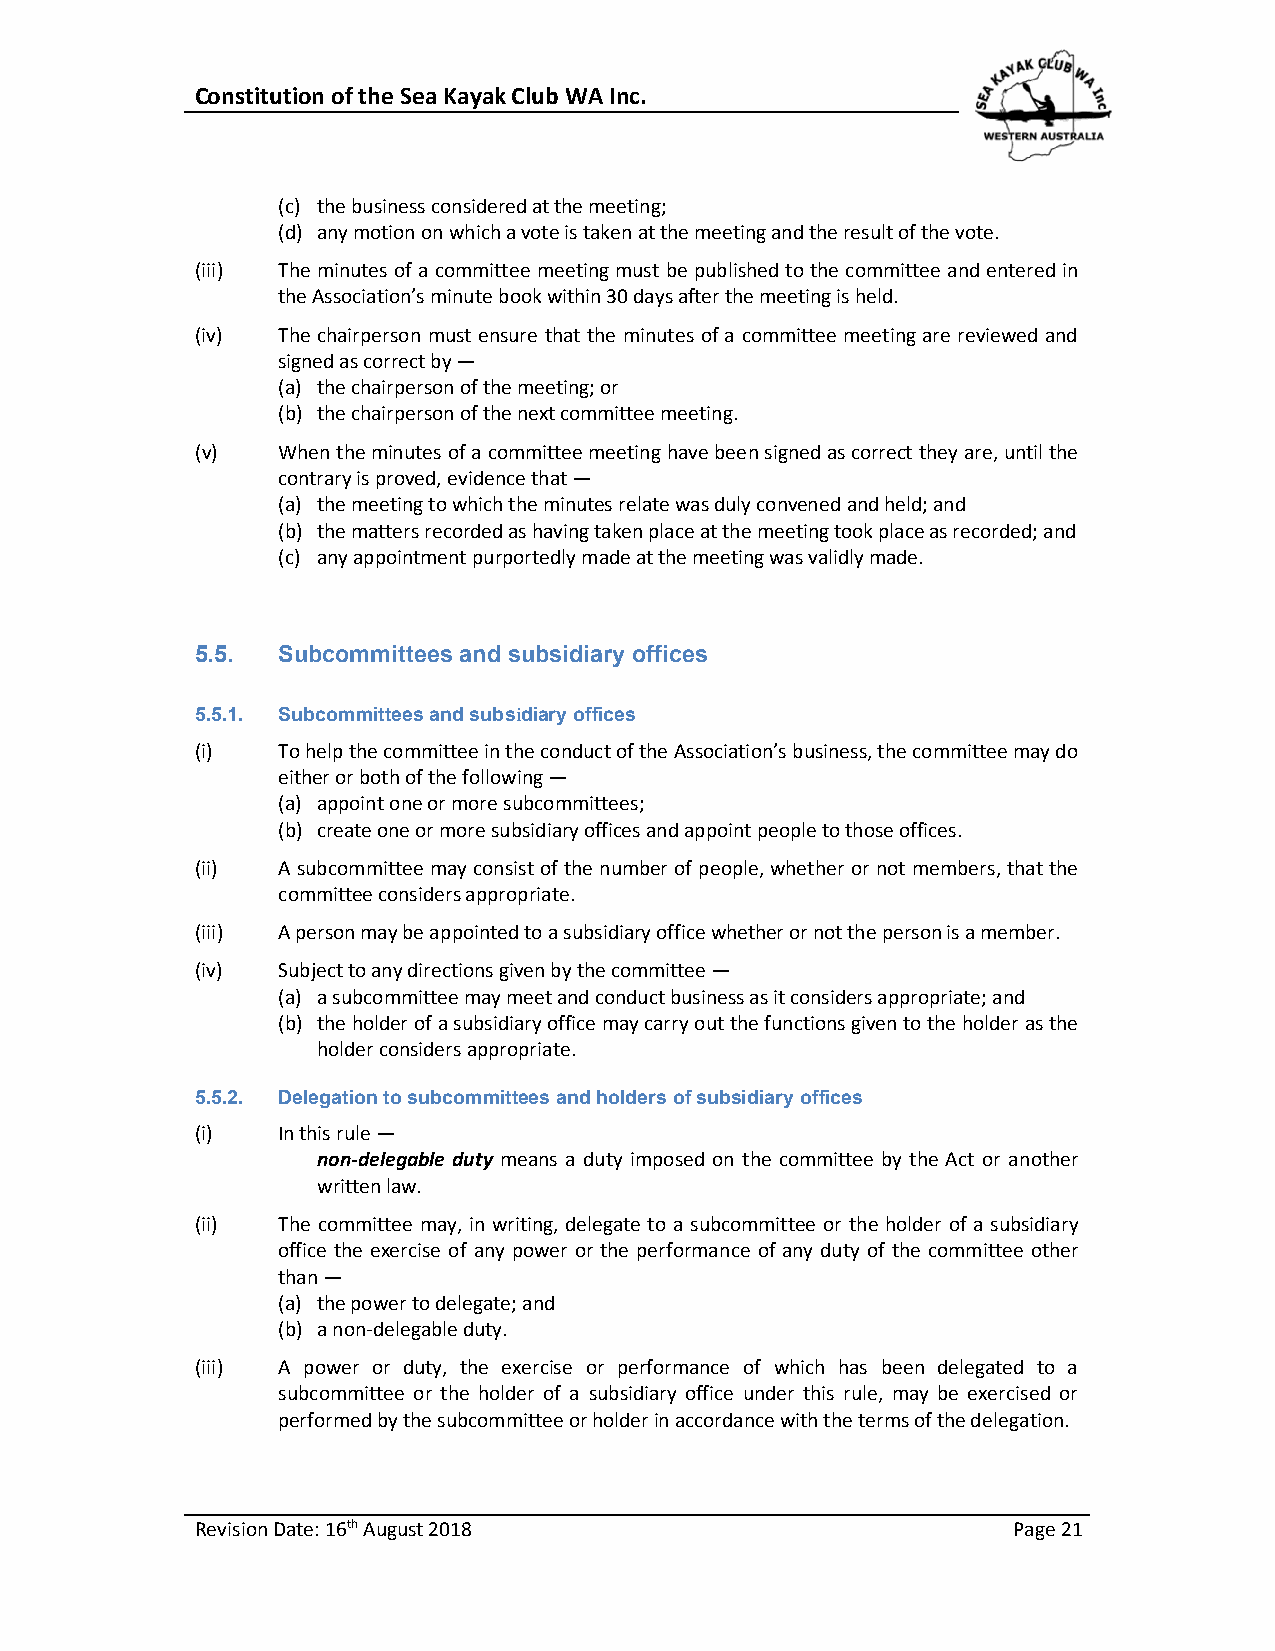
Constitution of the Sea Kayak Club WA Inc.
 (c) the business considered at the meeting;
 (d) any motion on which a vote is taken at the meeting and the result of the vote.
 (iii) The minutes of a committee meeting must be published to the committee and entered in
 the Association’s minute book within 30 days after the meeting is held.
 (iv) The chairperson must ensure that the minutes of a committee meeting are reviewed and
 signed as correct by —
 (a) the chairperson of the meeting; or
 (b) the chairperson of the next committee meeting.
 (v)  When the minutes of a committee meeting have been signed as correct they are, until the
 contrary is proved, evidence that —
 (a) the meeting to which the minutes relate was duly convened and held; and
 (b) the matters recorded as having taken place at the meeting took place as recorded; and
 (c) any appointment purportedly made at the meeting was validly made.
 5.5. Subcommittees and subsidiary offices
 5.5.1. Subcommittees and subsidiary offices
 (i)  To help the committee in the conduct of the Association’s business, the committee may do
 either or both of the following —
 (a) appoint one or more subcommittees;
 (b) create one or more subsidiary offices and appoint people to those offices.
 (ii) A subcommittee may consist of the number of people, whether or not members, that the
 committee considers appropriate.
 (iii) A person may be appointed to a subsidiary office whether or not the person is a member.
 (iv) Subject to any directions given by the committee —
 (a) a subcommittee may meet and conduct business as it considers appropriate; and
 (b) the holder of a subsidiary office may carry out the functions given to the holder as the
 holder considers appropriate.
 5.5.2. Delegation to subcommittees and holders of subsidiary offices
 (i)  In this rule —
 non-delegable duty means a duty imposed on the committee by the Act or another
 written law.
 (ii) The committee may, in writing, delegate to a subcommittee or the holder of a subsidiary
 office the exercise of any power or the performance of any duty of the committee other
 than —
 (a) the power to delegate; and
 (b) a non-delegable duty.
 (iii) A power or duty, the exercise or performance of which has been delegated to a
 subcommittee or the holder of a subsidiary office under this rule, may be exercised or
 performed by the subcommittee or holder in accordance with the terms of the delegation.
 Revision Date: 16th August 2018                       Page 21